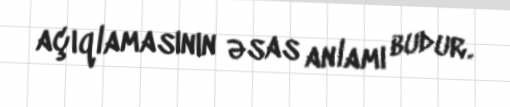
açıqlamasının əsas anlamı budur.